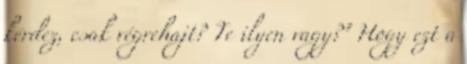
kérdez, csak végrehajt? Te ilyen vagy?" Hogy ezt a